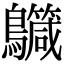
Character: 𪇳